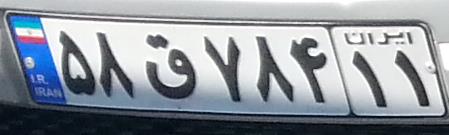
۵۸ق۷۸۴۱۱